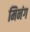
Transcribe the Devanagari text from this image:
मिनंग